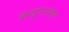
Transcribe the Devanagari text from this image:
जादूगारांचा